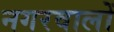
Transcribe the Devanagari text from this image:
नगरवालों